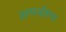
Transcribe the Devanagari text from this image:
समर्थरूप